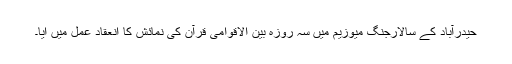
حیدرآباد کے سالارجنگ میوزیم میں سہ روزہ بین الاقوامی قرآن کی نمائش کا انعقاد عمل میں آیا۔